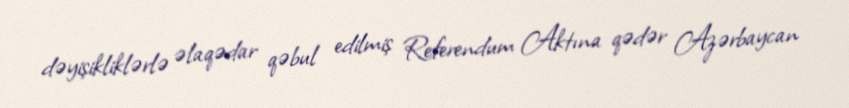
dəyişikliklərlə əlaqədar qəbul edilmiş Referendum Aktına qədər Azərbaycan